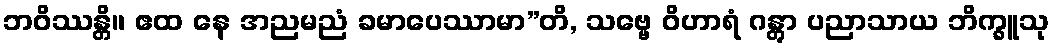
ဘဝိဿန္တိ။ ဧထ နေ အညမညံ ခမာပေဿာမာ”တိ, သဗ္ဗေ ဝိဟာရံ ဂန္တွာ ပညာသာယ ဘိက္ခူသု